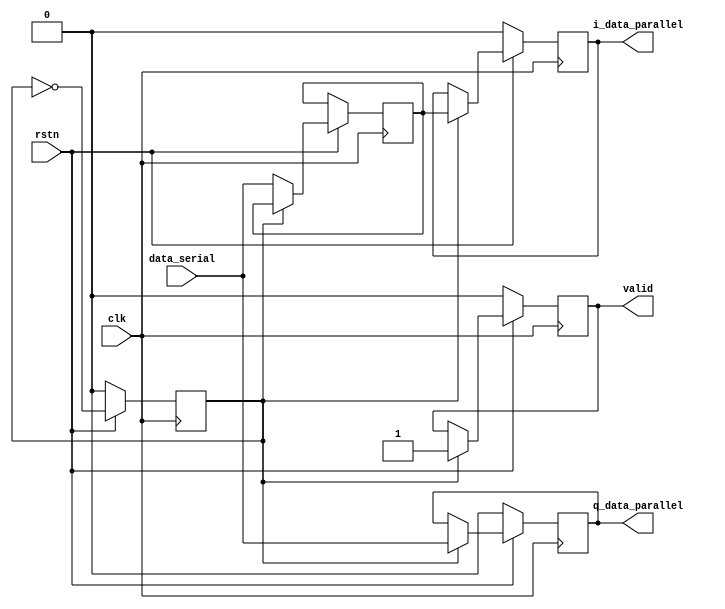
`timescale 1ns / 1ps
//////////////////////////////////////////////////////////////////////////////////
// Company: 
// Engineer: 
// 
// Design Name: 
// Module Name: SerToPar
// Project Name: 
// Target Devices: 
// Tool Versions: 
// Description: 
// 
// Dependencies: 
// 
// Revision:
// Revision 0.01 - File Created
// Additional Comments:
// 
//////////////////////////////////////////////////////////////////////////////////


module SerToPar(
    input clk,
    input rstn,
    input data_serial,
    output reg valid,
    output reg i_data_parallel,
    output reg q_data_parallel
    );
    reg flag;
    reg i_data_nxt;
    /*
    initial begin
        valid = 0;
    en*/
    always @(posedge clk) begin
        if(!rstn) begin
            valid <= 0;
            flag <= 0;
            i_data_parallel <= 0;
            q_data_parallel <= 0;
        end
        else begin
            if(!flag) begin // get data for I channel
                i_data_nxt <= data_serial;
                flag <= flag ^ 1'b1;
            end
            else begin // get data for Q channel
                q_data_parallel <= data_serial;
                i_data_parallel <= i_data_nxt;
                flag <= flag ^ 1'b1;
                valid <= 1;
            end
        end
    end
endmodule